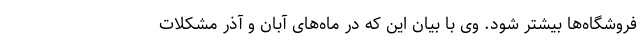
فروشگاه‌ها بیشتر شود. وی با بیان این که در ماه‌های آبان و آذر مشکلات